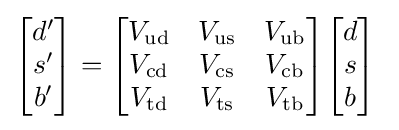
{\begin{bmatrix}d'\\s'\\b'\end{bmatrix}}={\begin{bmatrix}V_{\mathrm {ud} }&V_{\mathrm {us} }&V_{\mathrm {ub} }\\V_{\mathrm {cd} }&V_{\mathrm {cs} }&V_{\mathrm {cb} }\\V_{\mathrm {td} }&V_{\mathrm {ts} }&V_{\mathrm {tb} }\end{bmatrix}}{\begin{bmatrix}d\\s\\b\end{bmatrix}}~